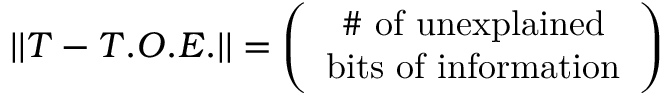
| | T - T . O . E . | | = \left( \begin{array} { c } { { \mathrm { \# ~ o f ~ u n e x p l a i n e d } } } \\ { { \mathrm { b i t s ~ o f ~ i n f o r m a t i o n } } } \end{array} \right)